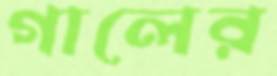
গালের